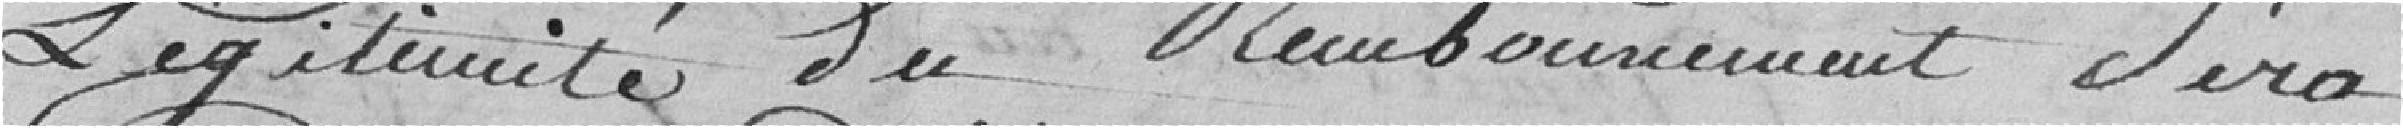
légitimité du remboursement sera